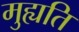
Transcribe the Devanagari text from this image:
मुह्यति